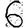
Digit: 6